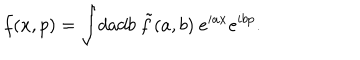
f ( x , p ) = \int \! d a d b ~ \tilde { f } ( a , b ) ~ e ^ { i a x } e ^ { i b p } .